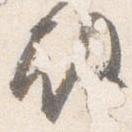
殿